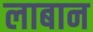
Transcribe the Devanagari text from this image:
लाबान